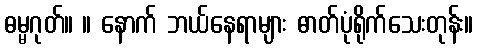
ဓမ္မဂုတ်။ ။ နောက် ဘယ်နေရာများ ဓာတ်ပုံရိုက်သေးတုန်း။